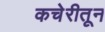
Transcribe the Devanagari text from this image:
कचेरीतून